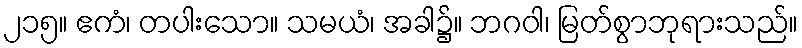
၂၁၅။ ဧကံ၊ တပါးသော။ သမယံ၊ အခါ၌။ ဘဂဝါ၊ မြတ်စွာဘုရားသည်။